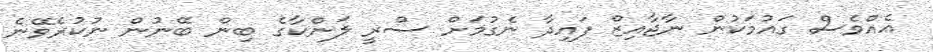
އެއްވެސް ގައުމަކުން ނާޖާއިޒް ފައިދާ ނެގުމަށް ސްރީ ލަންކާގެ ބިން ބޭނުން ނުކުރެވޭނެ